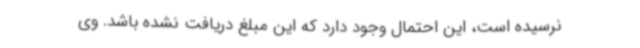
نرسیده است، این احتمال وجود دارد که این مبلغ دریافت نشده باشد. وی